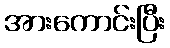
အားကောင်းပြီး